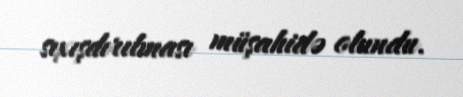
sıxışdırılması müşahidə olundu.